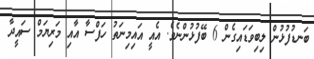
ބަނޑުފުޅުން ލިބިވަޑައިގެން 6 ބޭފުޅުންނެވެ. އެއީ އައިމިނަތު ހަފްސާ އާއި މަރިޔަމް ސައީދާ